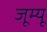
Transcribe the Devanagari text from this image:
जूम्यू